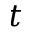
t